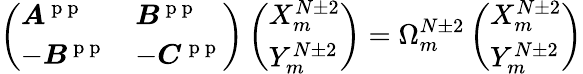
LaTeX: \left(\begin{array}{ll}{\boldsymbol{A}^{\mathrm{~p~p~}}}&{\boldsymbol{B}^{\mathrm{~p~p~}}}\\ {-\boldsymbol{B}^{\mathrm{~p~p~}}}&{-\boldsymbol{C}^{\mathrm{~p~p~}}}\end{array}\right)\left(\begin{array}{l}{X_{m}^{N\pm 2}}\\ {Y_{m}^{N\pm 2}}\end{array}\right)=\Omega_{m}^{N\pm 2}\left(\begin{array}{l}{X_{m}^{N\pm 2}}\\ {Y_{m}^{N\pm 2}}\end{array}\right)